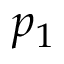
p _ { 1 }